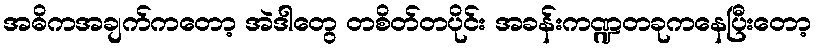
အဓိကအချက်ကတော့ အဲဒါတွေ တစိတ်တပိုင်း အခန်းကဏ္ဍတခုကနေပြီးတော့